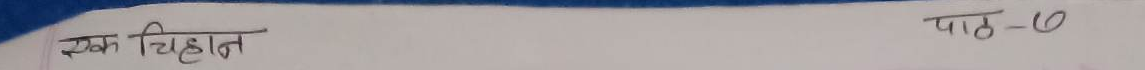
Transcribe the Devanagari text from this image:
एक चिहान पाठ - १०